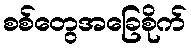
စစ်တွေအခြေစိုက်